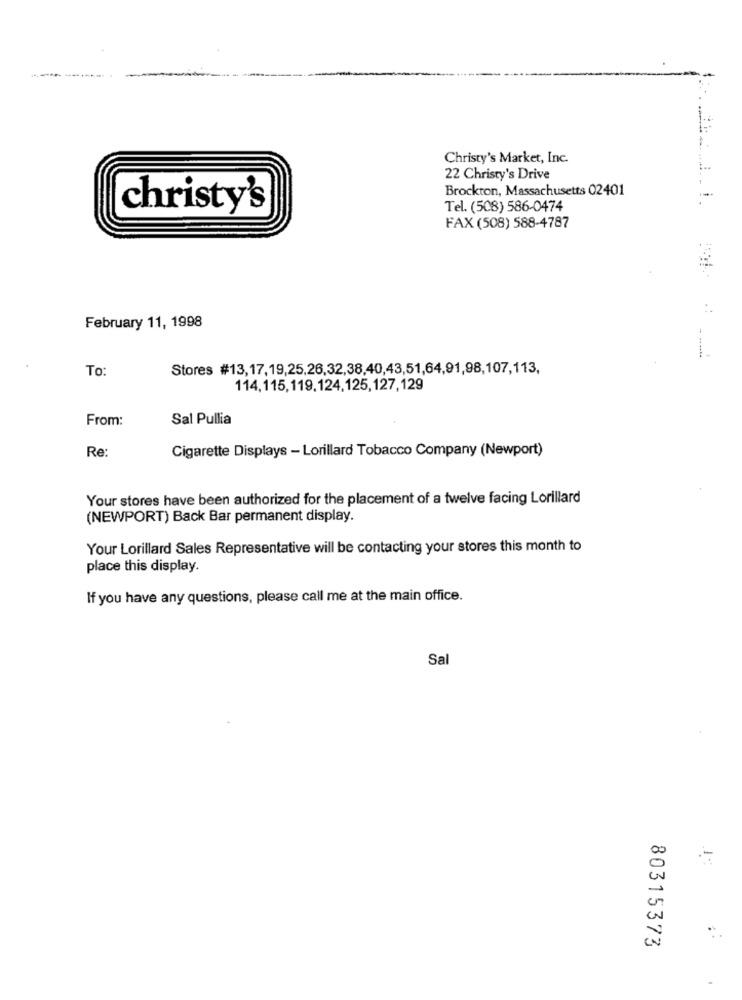
Christy's Market, Inc.
22 Christy's Drive
Brockton, Massachusetts 02401
christy's
Tel. (508) 586-0474
FAX (508) 588-4787
February 11, 1998
----
To:
Stores #13,17,19,25,26,32,38,40,43,51,64,91,98,107,113,
114,115,119,124,125,127,129
From:
Sal Pullia
Re:
Cigarette Displays - Lorillard Tobacco Company (Newport)
Your stores have been authorized for the placement of a twelve facing Lorillard
(NEWPORT) Back Bar permanent display.
Your Lorillard Sales Representative will be contacting your stores this month to
place this display.
If you have any questions, please call me at the main office.
Sal
80315373